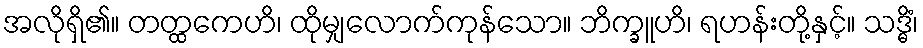
အလိုရှိ၏။ တတ္ထကေဟိ၊ ထိုမျှလောက်ကုန်သော။ ဘိက္ခူဟိ၊ ရဟန်းတို့နှင့်။ သဒ္ဓိံ၊